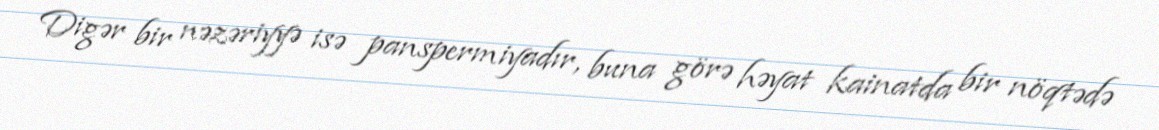
Digər bir nəzəriyyə isə panspermiyadır, buna görə həyat kainatda bir nöqtədə